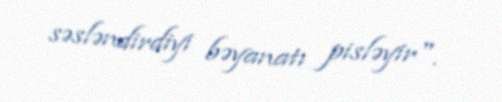
səsləndirdiyi bəyanatı pisləyir".